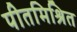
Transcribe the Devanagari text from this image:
पीतमिश्रित